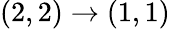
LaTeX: (2,2)\rightarrow(1,1)